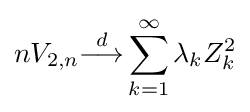
nV_{2,n}{\stackrel {d}{\longrightarrow }}\sum _{k=1}^{\infty }\lambda _{k}Z_{k}^{2}